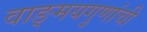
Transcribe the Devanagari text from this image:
वाङ्‌मयगुणांची